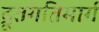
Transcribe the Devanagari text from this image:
द्रूतगतिमार्ग